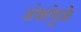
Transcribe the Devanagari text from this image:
अंकांमुळे